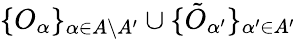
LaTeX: \{ O_{\alpha}\} _{\alpha\in A\setminus A^{\prime}}\cup\{ \tilde{O}_{\alpha^{\prime}}\} _{\alpha^{\prime}\in A^{\prime}}